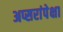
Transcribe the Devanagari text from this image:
अप्सरांपेक्षा